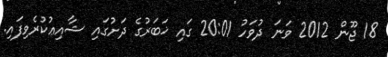
18 ޖޫން 2012 ވަނަ ދުވަހު 20:01 ގައި ޚަބަރުގެ ދަށުގައި ޝާއިޢުކުރެވިފައި.